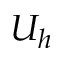
U _ { h }